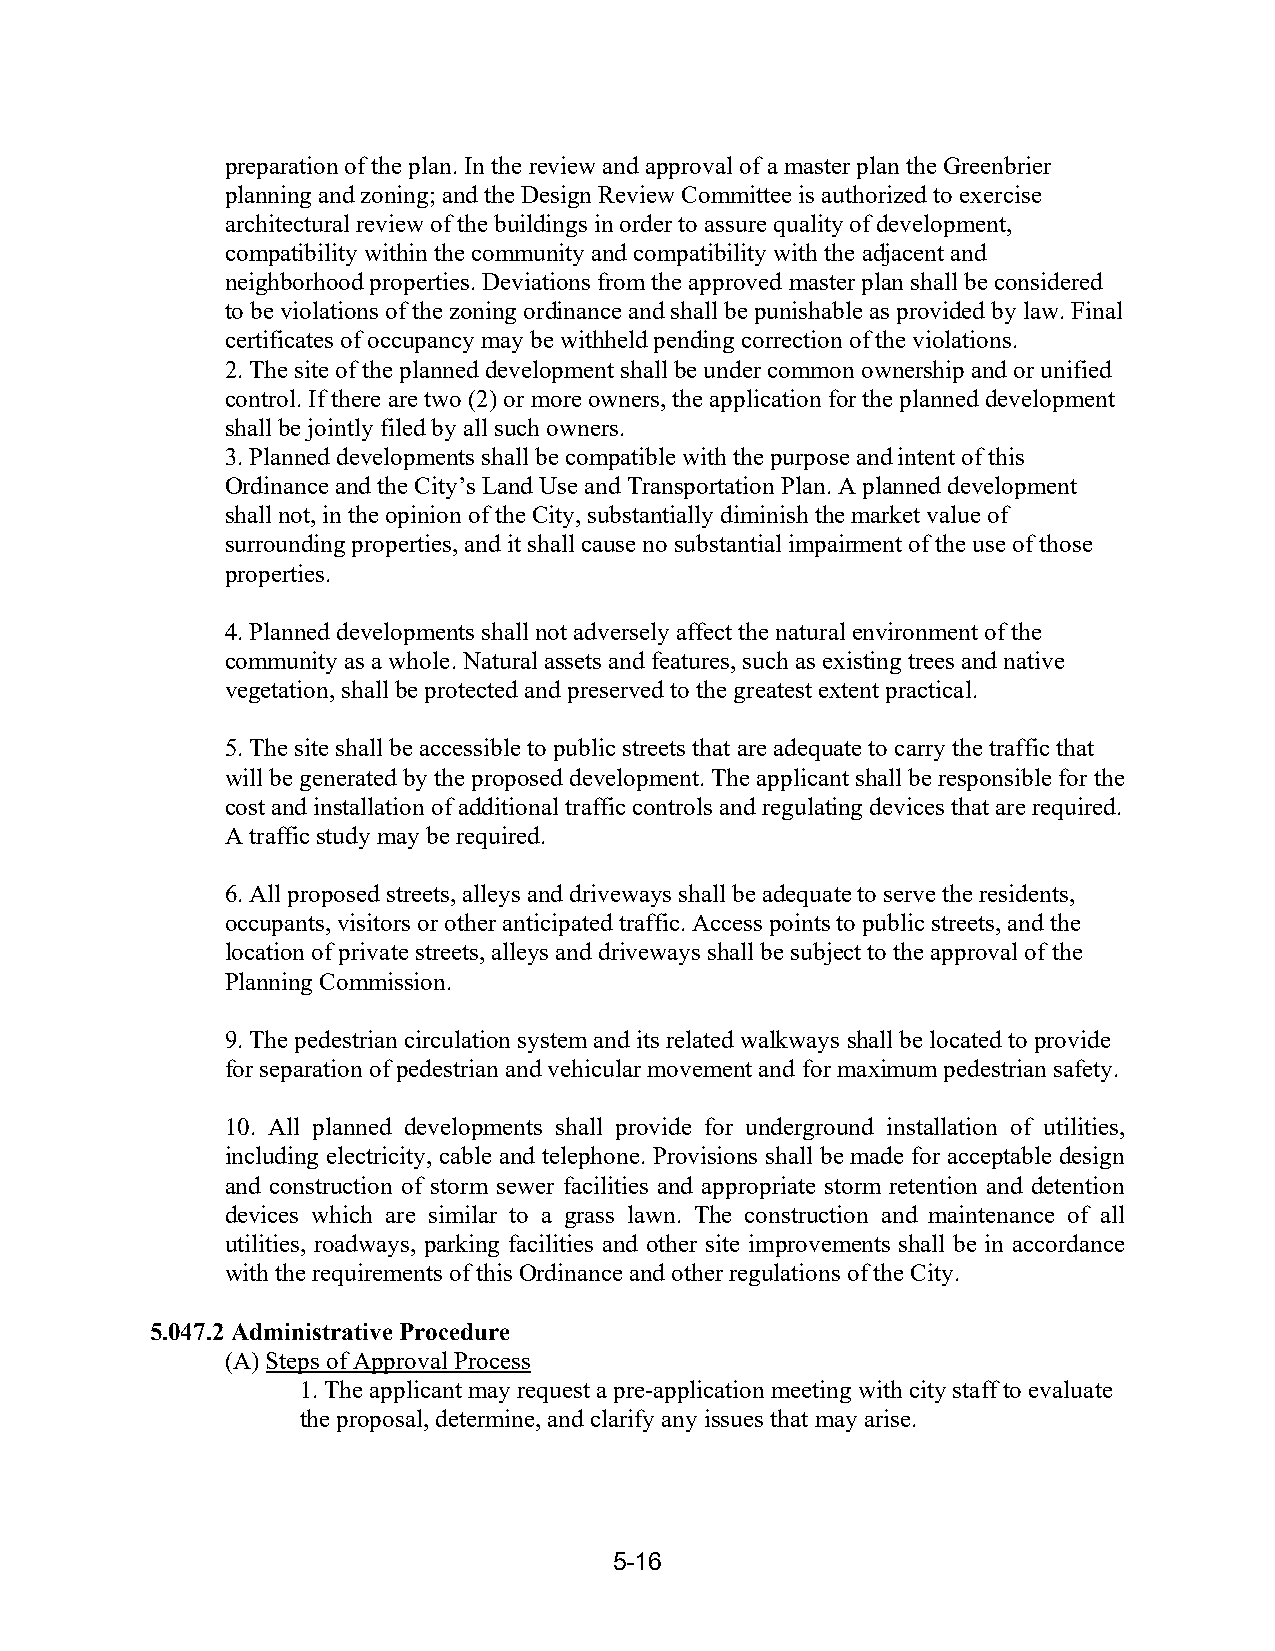
preparation of the plan. In the review and approval of a master plan the Greenbrier
 planning and zoning; and the Design Review Committee is authorized to exercise
 architectural review of the buildings in order to assure quality of development,
 compatibility within the community and compatibility with the adjacent and
 neighborhood properties. Deviations from the approved master plan shall be considered
 to be violations of the zoning ordinance and shall be punishable as provided by law. Final
 certificates of occupancy may be withheld pending correction of the violations.
 2. The site of the planned development shall be under common ownership and or unified
 control. If there are two (2) or more owners, the application for the planned development
 shall be jointly filed by all such owners.
 3. Planned developments shall be compatible with the purpose and intent of this
 Ordinance and the City’s Land Use and Transportation Plan. A planned development
 shall not, in the opinion of the City, substantially diminish the market value of
 surrounding properties, and it shall cause no substantial impairment of the use of those
 properties.
 4. Planned developments shall not adversely affect the natural environment of the
 community as a whole. Natural assets and features, such as existing trees and native
 vegetation, shall be protected and preserved to the greatest extent practical.
 5. The site shall be accessible to public streets that are adequate to carry the traffic that
 will be generated by the proposed development. The applicant shall be responsible for the
 cost and installation of additional traffic controls and regulating devices that are required.
 A traffic study may be required.
 6. All proposed streets, alleys and driveways shall be adequate to serve the residents,
 occupants, visitors or other anticipated traffic. Access points to public streets, and the
 location of private streets, alleys and driveways shall be subject to the approval of the
 Planning Commission.
 9. The pedestrian circulation system and its related walkways shall be located to provide
 for separation of pedestrian and vehicular movement and for maximum pedestrian safety.
 10. All planned developments shall provide for underground installation of utilities,
 including electricity, cable and telephone. Provisions shall be made for acceptable design
 and construction of storm sewer facilities and appropriate storm retention and detention
 devices which are similar to a grass lawn. The construction and maintenance of all
 utilities, roadways, parking facilities and other site improvements shall be in accordance
 with the requirements of this Ordinance and other regulations of the City.
 5.047.2 Administrative Procedure
 (A) Steps of Approval Process
 1. The applicant may request a pre-application meeting with city staff to evaluate
 the proposal, determine, and clarify any issues that may arise.
 5-16